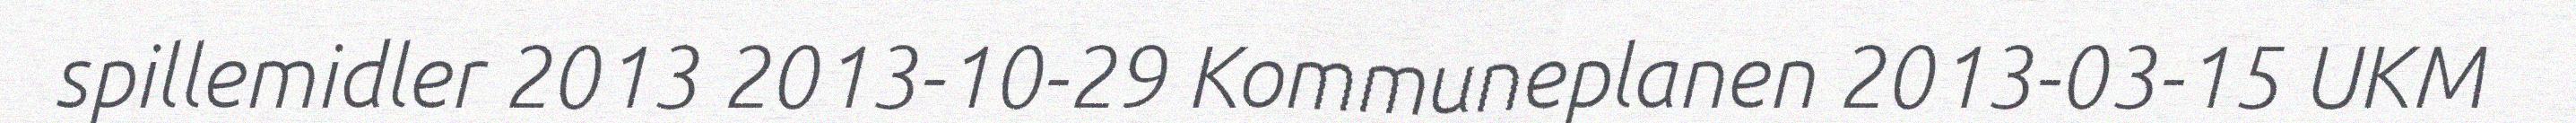
spillemidler 2013 2013-10-29 Kommuneplanen 2013-03-15 UKM